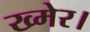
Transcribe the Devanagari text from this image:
ख्मेर।